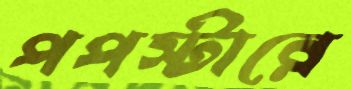
পপস্টারে